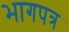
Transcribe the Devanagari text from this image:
भागपत्र